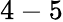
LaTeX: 4-5